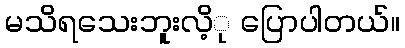
မသိရသေးဘူးလိ့ု ပြောပါတယ်။